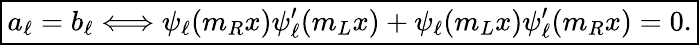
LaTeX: \boxed{a_{\ell}=b_{\ell}\Longleftrightarrow\psi_{\ell}(m_{R}x)\psi_{\ell}^{\prime}(m_{L}x)+\psi_{\ell}(m_{L}x)\psi_{\ell}^{\prime}(m_{R}x)=0.}